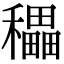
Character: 𥣬